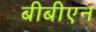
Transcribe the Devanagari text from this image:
बीबीएन